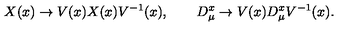
X ( x ) \to V ( x ) X ( x ) V ^ { - 1 } ( x ) , \qquad D _ { \mu } ^ { x } \to V ( x ) D _ { \mu } ^ { x } V ^ { - 1 } ( x ) .